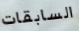
السابقات